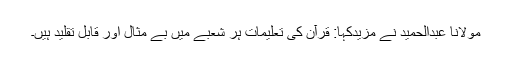
مولانا عبدالحمید نے مزیدکہا: قرآن کی تعلیمات ہر شعبے میں بے مثال اور قابل تقلید ہیں۔